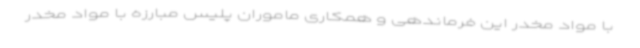
با مواد مخدر این فرماندهی و همکاری ماموران پلیس مبارزه با مواد مخدر